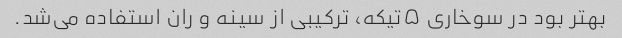
بهتر بود در سوخاری ۵تیکه، ترکیبی از سینه و ران استفاده می‌شد.